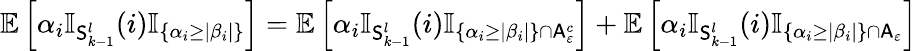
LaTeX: \mathbb{E}\left[\alpha_{i}\mathbb{I}_{\mathsf{S}_{k-1}^{l}}(i)\mathbb{I}_{\{ \alpha_{i}\geq|\beta_{i}|\} }\right]=\mathbb{E}\left[\alpha_{i}\mathbb{I}_{\mathsf{S}_{k-1}^{l}}(i)\mathbb{I}_{\{ \alpha_{i}\geq|\beta_{i}|\} \cap\mathsf{A}_{\varepsilon}^{c}}\right]+\mathbb{E}\left[\alpha_{i}\mathbb{I}_{\mathsf{S}_{k-1}^{l}}(i)\mathbb{I}_{\{ \alpha_{i}\geq|\beta_{i}|\} \cap\mathsf{A}_{\varepsilon}}\right]